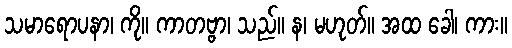
သမာရောပနာ၊ ကို။ ကာတဗ္ဗာ၊ သည်။ န၊ မဟုတ်။ အထ ခေါ၊ ကား။